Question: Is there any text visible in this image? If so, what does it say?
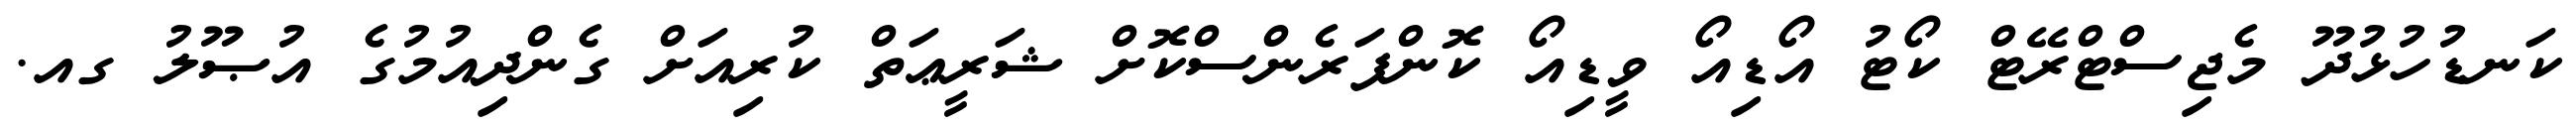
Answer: ކަނޑުހުޅުދޫ މެޖިސްޓްރޭޓް ކޯޓު އޯޑިއޯ ވީޑިއޯ ކޮންފަރެންސްކޮށް ޝަރީޢަތް ކުރިއަށް ގެންދިއުމުގެ އުޞޫލު ގއ.